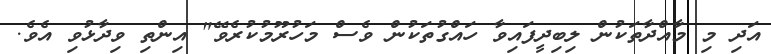
އަދި މި މާއްދާތަކުން ލިބިދީފައިވާ ހައްގުތަކުން ވެސް މަހުރޫމުކުރެވޭ" އިންތި ވިދާޅުވި އެވެ.